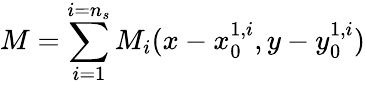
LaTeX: M=\sum_{i=1}^{i=n_{s}}M_{i}(x-x_{0}^{1,i},y-y_{0}^{1,i})